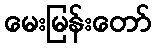
မေးမြန်းတော်